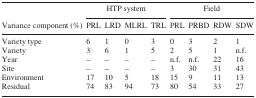
<table><thead><tr><td></td><td colspan="4"><b>HTP system</b></td><td colspan="4"><b>Field</b></td></tr><tr><td><b>Variance component (%)</b></td><td><b>PRL</b></td><td><b>LRD</b></td><td><b>MLRL</b></td><td><b>TRL</b></td><td><b>PRL</b></td><td><b>PRBD</b></td><td><b>RDW</b></td><td><b>SDW</b></td></tr></thead><tbody><tr><td>Variety type</td><td>6</td><td>1</td><td>0</td><td>3</td><td>0</td><td>3</td><td>2</td><td>1</td></tr><tr><td>Variety</td><td>3</td><td>6</td><td>1</td><td>5</td><td>2</td><td>5</td><td>1</td><td>n.f.</td></tr><tr><td>Year</td><td>–</td><td>–</td><td>–</td><td>–</td><td>n.f.</td><td>n.f.</td><td>22</td><td>16</td></tr><tr><td>Site</td><td>–</td><td>–</td><td>–</td><td>–</td><td>3</td><td>30</td><td>31</td><td>43</td></tr><tr><td>Environment</td><td>17</td><td>10</td><td>5</td><td>18</td><td>15</td><td>9</td><td>11</td><td>13</td></tr><tr><td>Residual</td><td>74</td><td>83</td><td>94</td><td>73</td><td>80</td><td>54</td><td>33</td><td>27</td></tr></tbody></table>